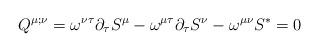
LaTeX: \begin{align*} Q^{\mu;\nu} = \omega^{\nu\tau}\partial_{\tau}S^{\mu} - \omega^{\mu\tau} \partial_{\tau} S^{\nu} - \omega^{\mu\nu} S^{*} = 0\end{align*}